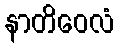
နာတိဝေလံ